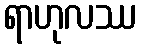
ရာဟုလဿ